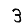
Digit: 3